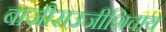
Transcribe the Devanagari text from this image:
बाजीराउजीशिवाय